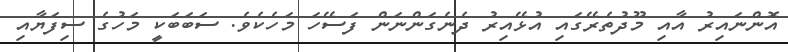
އޮންނައިރު އާއި މޫދުތެރޭގައި އުޅޭއިރު ދެނެގަންނަން ފަސޭހަ މަހެކެވެ. ސަބަބަކީ މަހުގެ ސިފަޔާއި